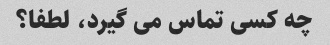
چه کسی تماس می گیرد، لطفا؟